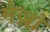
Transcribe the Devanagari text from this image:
मेज़ा